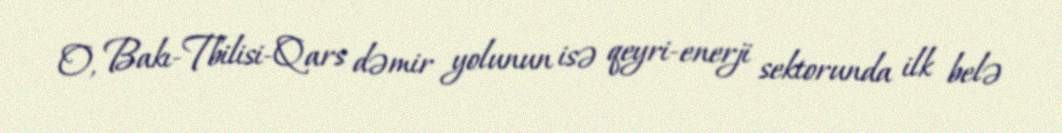
O, Bakı-Tbilisi-Qars dəmir yolunun isə qeyri-enerji sektorunda ilk belə